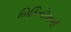
બિકિનીવાળી